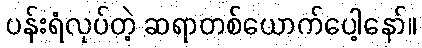
ပန်းရံလုပ်တဲ့ ဆရာတစ်ယောက်ပေါ့နော်။